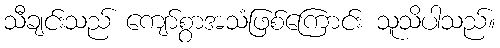
သီချင်းသည် ကျော်စွာအသံဖြစ်ကြောင်း သူသိပါသည်။